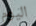
اليوم